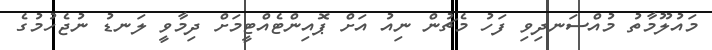
މައުލޫމާތު މުއްސަނދިވި ފަހު މެޗުން ނިއު އަށް ޕޮއިންޓެއްޓީމަށް ދިމާވީ ލަނޑު ނުޖެހުމުގެ